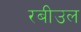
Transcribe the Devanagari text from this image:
रबीउल